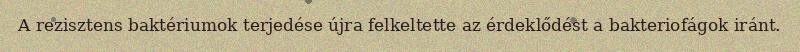
A rezisztens baktériumok terjedése újra felkeltette az érdeklődést a bakteriofágok iránt.